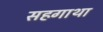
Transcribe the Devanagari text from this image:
सहगाथा